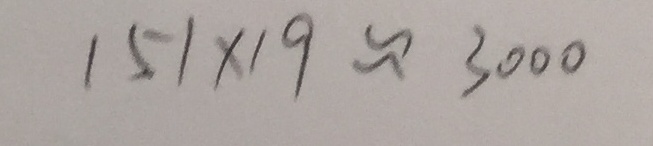
1 5 1 \times 1 9 \approx 3 0 0 0